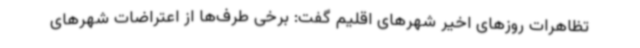
تظاهرات روزهای اخیر شهرهای اقلیم گفت: برخی طرف‌ها از اعتراضات شهرهای